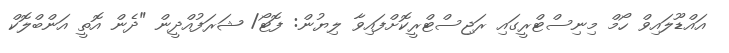
އައްޑޫލައިވް ހޯމް މިނިސްޓްރީގައި ރަޖިސްޓްރީކޮށްފައިވާ ލިޔުން: ފޮޓޯ/ ޝަރަފުއްދީން "ދެން އޮތީ އަންބްލޮކް